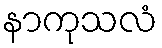
နာကုသလံ